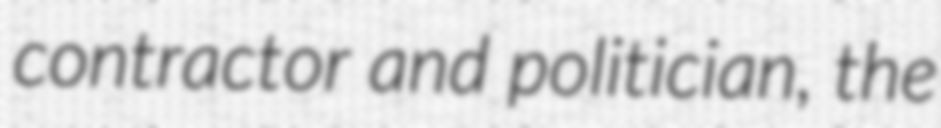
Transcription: contractor and politician, the